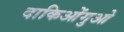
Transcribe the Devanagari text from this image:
दाकिओंगुओ